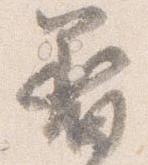
着